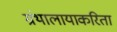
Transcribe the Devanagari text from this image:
ग्रंथालायाकरिता